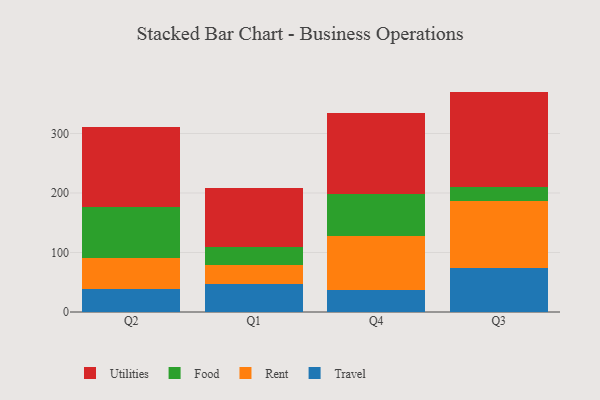
{"axis": {"x": "Quarter", "y": "Active Users"}, "legend": ["Food", "Rent", "Travel", "Utilities"], "data": [{"x": "Q2", "y": 37.9, "type": "Travel"}, {"x": "Q2", "y": 52.6, "type": "Rent"}, {"x": "Q2", "y": 85.2, "type": "Food"}, {"x": "Q2", "y": 135.9, "type": "Utilities"}, {"x": "Q1", "y": 46.7, "type": "Travel"}, {"x": "Q1", "y": 31.6, "type": "Rent"}, {"x": "Q1", "y": 30.6, "type": "Food"}, {"x": "Q1", "y": 99.1, "type": "Utilities"}, {"x": "Q4", "y": 37.1, "type": "Travel"}, {"x": "Q4", "y": 89.9, "type": "Rent"}, {"x": "Q4", "y": 72.1, "type": "Food"}, {"x": "Q4", "y": 134.9, "type": "Utilities"}, {"x": "Q3", "y": 74.7, "type": "Travel"}, {"x": "Q3", "y": 111.8, "type": "Rent"}, {"x": "Q3", "y": 22.8, "type": "Food"}, {"x": "Q3", "y": 161.1, "type": "Utilities"}]}